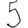
Digit: 5